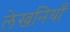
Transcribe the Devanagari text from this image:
लेखनियाँ